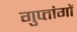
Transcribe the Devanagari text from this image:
गुप्‍तांगों